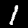
Digit: 1